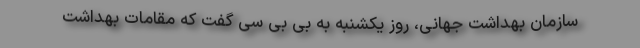
سازمان بهداشت جهانی، روز یکشنبه به بی بی سی گفت که مقامات بهداشت